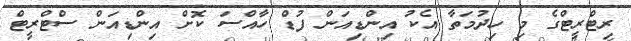
ރިޓްރީޓްގެ މި ހިދުމަތާ އެކު އިންޑިއަން ފުޑް ހާއްސަ ކޮށް އިންޑިއަން ސްޓްރީޓް